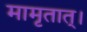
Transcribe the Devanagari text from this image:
मामृतात्‌।